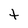
Character: t